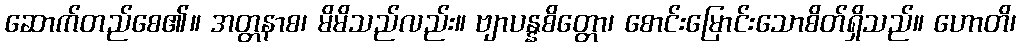
ဆောက်တည်စေ၏။ အတ္တနာစ၊ မိမိသည်လည်း။ ဗျာပန္နစိတ္တော၊ စောင်းမြောင်းသောစိတ်ရှိသည်။ ဟောတိ၊